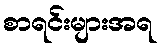
စာရင်းများအရ